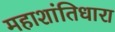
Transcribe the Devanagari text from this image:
महाशांतिधारा